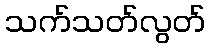
သက်သတ်လွတ်